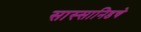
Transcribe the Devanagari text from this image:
सास्सानिडचे